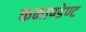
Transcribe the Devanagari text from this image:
कमाण्डेण्ट